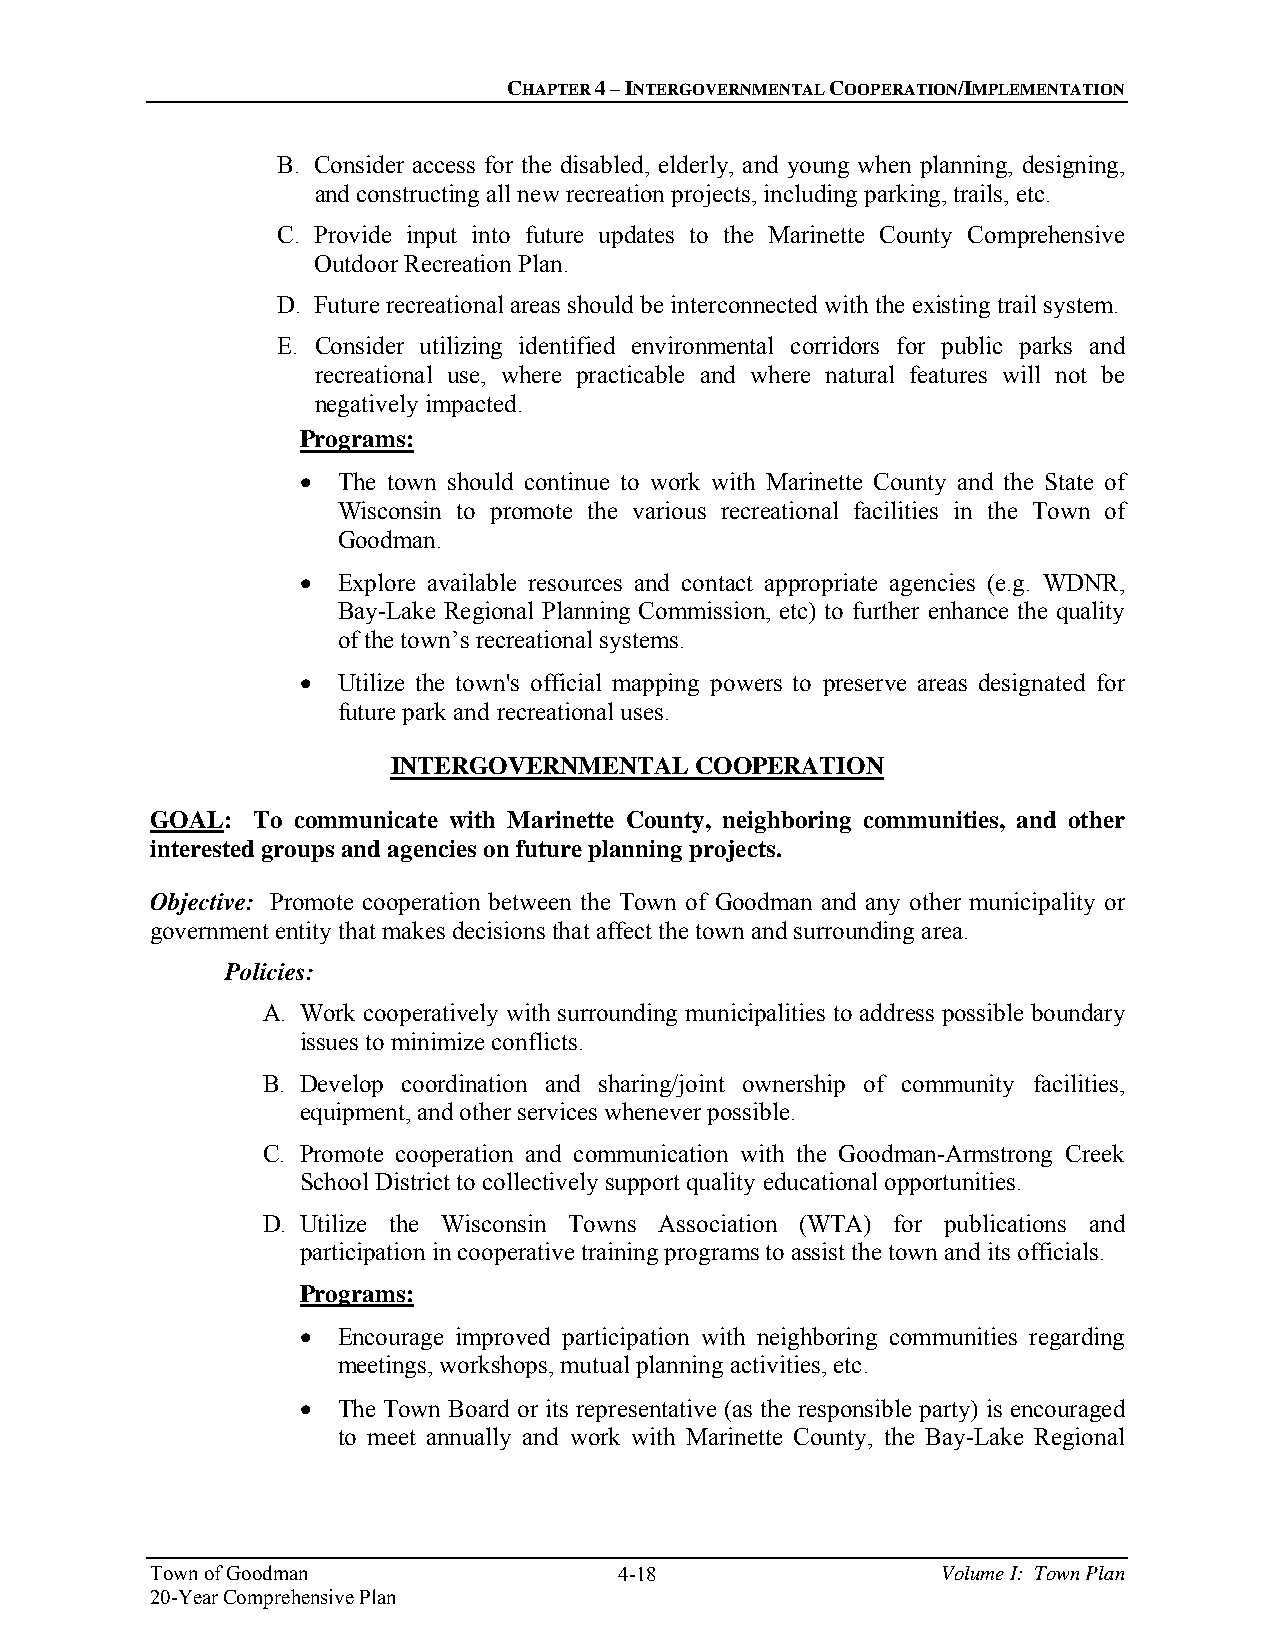
CHAPTER 4 – INTERGOVERNMENTAL COOPERATION/IMPLEMENTATION
 B. Consider access for the disabled, elderly, and young when planning, designing,
 and constructing all new recreation projects, including parking, trails, etc.
 C. Provide input into future updates to the Marinette County Comprehensive
 Outdoor Recreation Plan.
 D. Future recreational areas should be interconnected with the existing trail system.
 E. Consider utilizing identified environmental corridors for public parks and
 recreational use, where practicable and where natural features will not be
 negatively impacted.
 Programs:
  The town should continue to work with Marinette County and the State of
 Wisconsin to promote the various recreational facilities in the Town of
 Goodman.
  Explore available resources and contact appropriate agencies (e.g. WDNR,
 Bay-Lake Regional Planning Commission, etc) to further enhance the quality
 of the town’s recreational systems.
  Utilize the town's official mapping powers to preserve areas designated for
 future park and recreational uses.
 INTERGOVERNMENTAL   COOPERATION
 GOAL:  To communicate with Marinette County, neighboring communities, and other
 interested groups and agencies on future planning projects.
 Objective: Promote cooperation between the Town of Goodman and any other municipality or
 government entity that makes decisions that affect the town and surrounding area.
 Policies:
 A. Work cooperatively with surrounding municipalities to address possible boundary
 issues to minimize conflicts.
 B. Develop coordination and sharing/joint ownership of community facilities,
 equipment, and other services whenever possible.
 C. Promote cooperation and communication with the Goodman-Armstrong Creek
 School District to collectively support quality educational opportunities.
 D. Utilize the Wisconsin Towns Association (WTA) for publications and
 participation in cooperative training programs to assist the town and its officials.
 Programs:
  Encourage improved participation with neighboring communities regarding
 meetings, workshops, mutual planning activities, etc.
  The Town Board or its representative (as the responsible party) is encouraged
 to meet annually and work with Marinette County, the Bay-Lake Regional
 Town of Goodman                4-18                 Volume I: Town Plan
 20-Year Comprehensive Plan